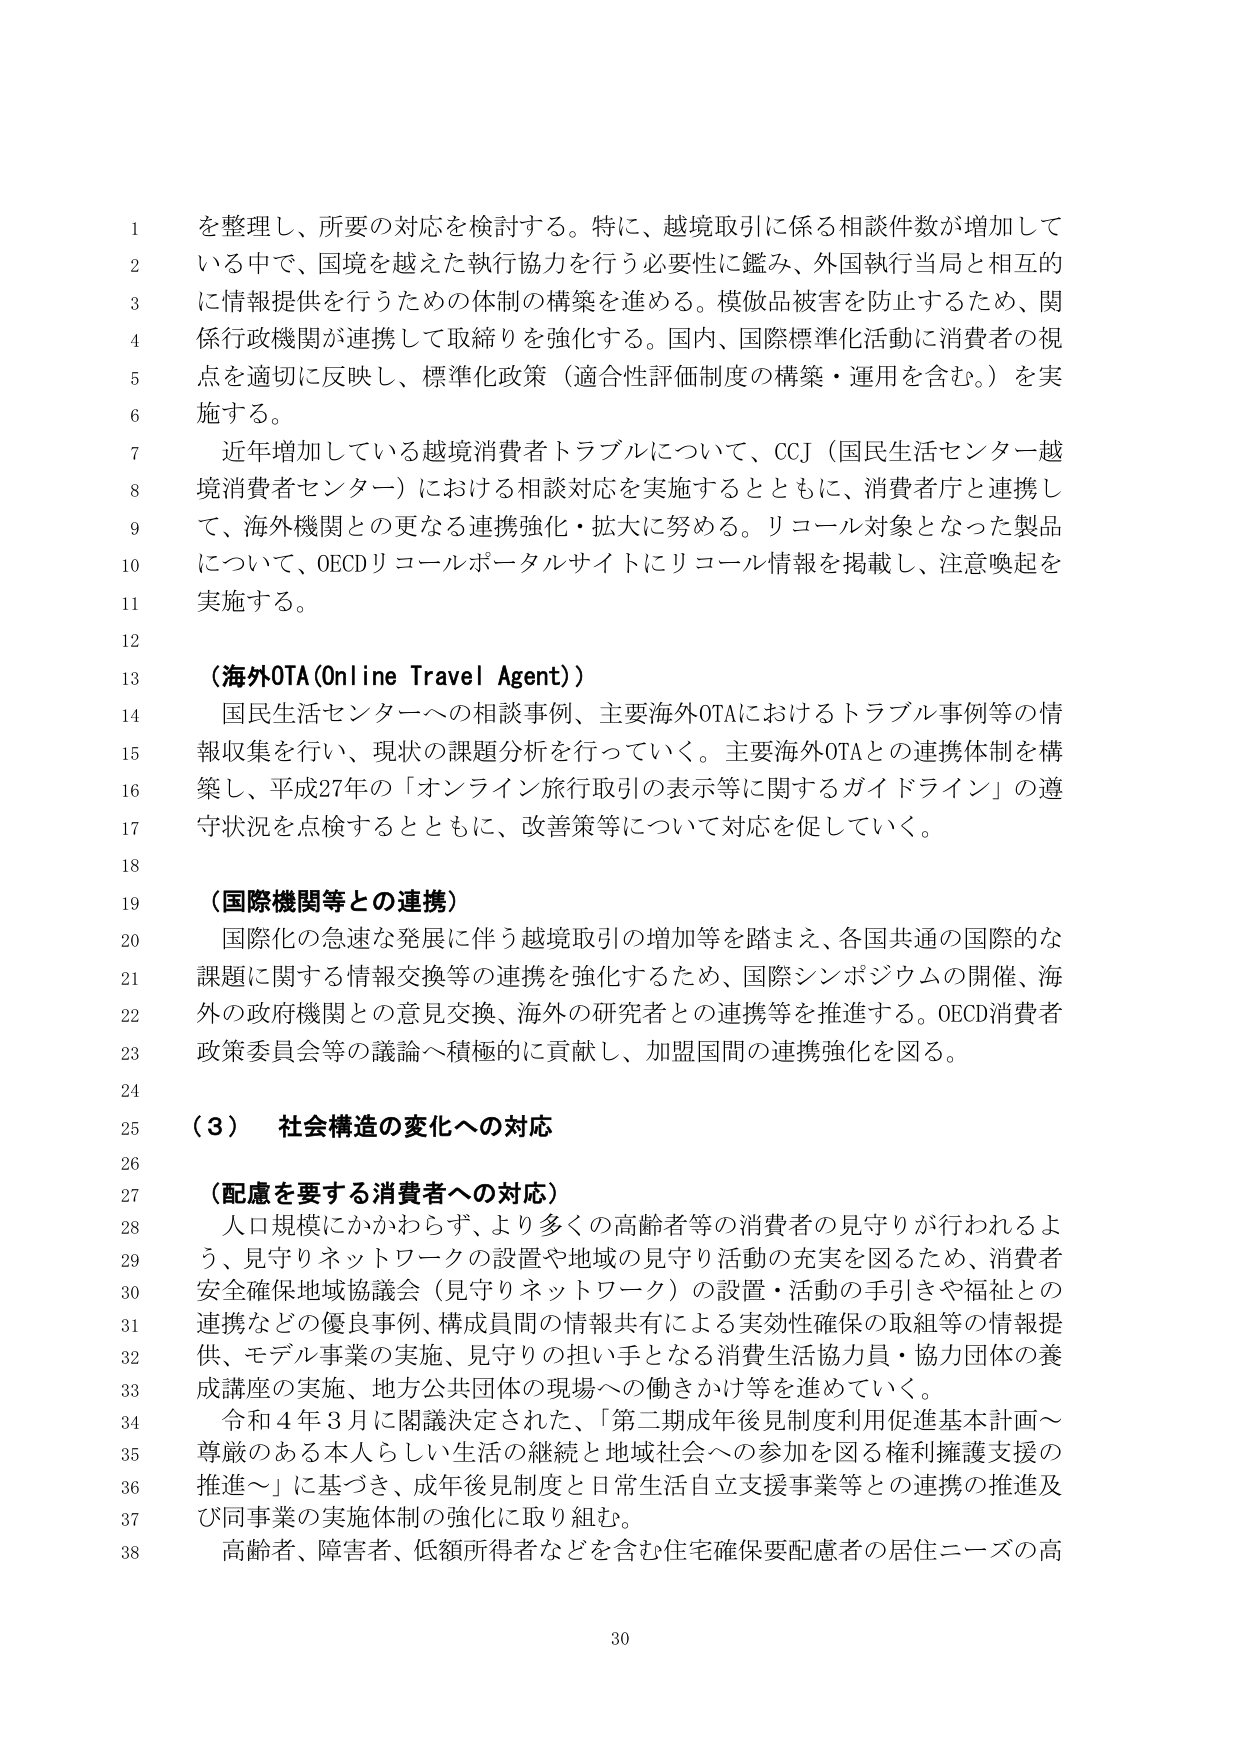
を整理し、所要の対応を検討する。特に、越境取引に係る相談件数が増加して
いる中で、国境を越えた執行協力を行う必要性に鑑み、外国執行当局と相互的
に情報提供を行うための体制の構築を進める。模倣品被害を防止するため、関
係行政機関が連携して取締りを強化する。国内、国際標準化活動に消費者の視
点を適切に反映し、標準化政策（適合性評価制度の構築・運用を含む。）を実
施する。
近年増加している越境消費者トラブルについて、CCJ（国民生活センター越
境消費者センター）における相談対応を実施するとともに、消費者庁と連携し
て、海外機関との更なる連携強化・拡大に努める。リコール対象となった製品
について、OECDリコールポータルサイトにリコール情報を掲載し、注意喚起を
実施する。
（海外OTA(Online Travel Agent)）
国民生活センターへの相談事例、主要海外OTAにおけるトラブル事例等の情
報収集を行い、現状の課題分析を行っていく。主要海外OTAとの連携体制を構
築し、平成27年の「オンライン旅行取引の表示等に関するガイドライン」の遵
守状況を点検するとともに、改善策等について対応を促していく。
（国際機関等との連携）
国際化の急速な発展に伴う越境取引の増加等を踏まえ、各国共通の国際的な
課題に関する情報交換等の連携を強化するため、国際シンポジウムの開催、海
外の政府機関との意見交換、海外の研究者との連携等を推進する。OECD消費者
政策委員会等の議論へ積極的に貢献し、加盟国間の連携強化を図る。
（３） 社会構造の変化への対応
（配慮を要する消費者への対応）
人口規模にかかわらず、より多くの高齢者等の消費者の見守りが行われるよ
う、見守りネットワークの設置や地域の見守り活動の充実を図るため、消費者
安全確保地域協議会（見守りネットワーク）の設置・活動の手引きや福祉との
連携などの優良事例、構成員間の情報共有による実効性確保の取組等の情報提
供、モデル事業の実施、見守りの担い手となる消費生活協力員・協力団体の養
成講座の実施、地方公共団体の現場への働きかけ等を進めていく。
令和４年３月に閣議決定された、「第二期成年後見制度利用促進基本計画～
尊厳のある本人らしい生活の継続と地域社会への参加を図る権利擁護支援の
推進～」に基づき、成年後見制度と日常生活自立支援事業等との連携の推進及
び同事業の実施体制の強化に取り組む。
高齢者、障害者、低額所得者などを含む住宅確保要配慮者の居住ニーズの高
30